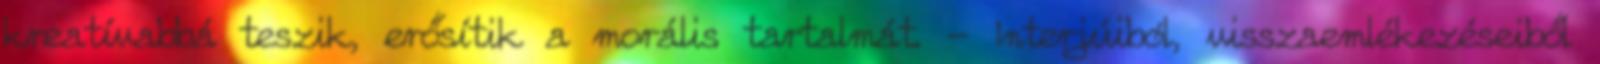
kreatívabbá teszik, erősítik a morális tartalmát. - Interjúiból, visszaemlékezéseiből